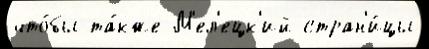
что́бы та́кже М'ел'ецк'ий стран'и́цы